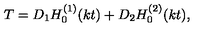
T = D _ { 1 } H _ { 0 } ^ { ( 1 ) } ( k t ) + D _ { 2 } H _ { 0 } ^ { ( 2 ) } ( k t ) ,